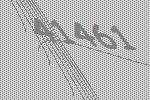
41461